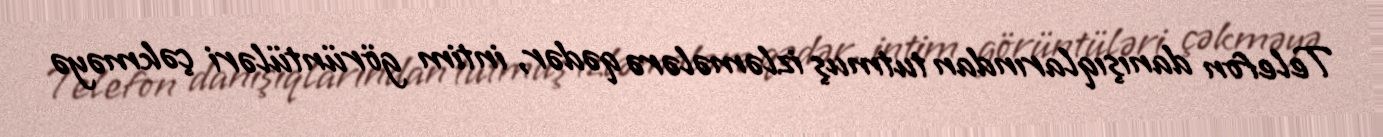
Telefon danışıqlarından tutmuş izləmələrə qədər, intim görüntüləri çəkməyə